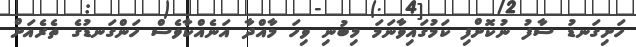
ހަށިގަނޑު ސާފު ނުކޮށްފި ކަމުގައިވާނަމަ މިބުނި ވިހަ މާއްދާ އަނެއްކާވެސް ހަންގަނޑުގެ ތެރެއަށް